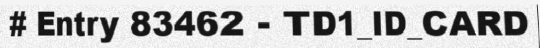
# Entry 83462 - TD1_ID_CARD